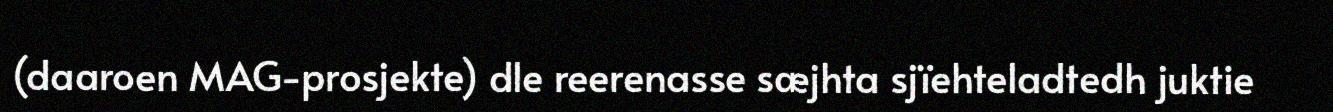
(daaroen MAG-prosjekte) dle reerenasse sæjhta sjïehteladtedh juktie